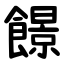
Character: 䭘